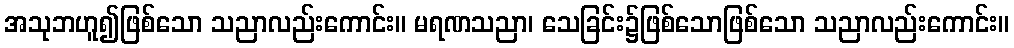
အသုဘဟူ၍ဖြစ်သော သညာလည်းကောင်း။ မရဏသညာ၊ သေခြင်း၌ဖြစ်သောဖြစ်သော သညာလည်းကောင်း။